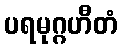
ပရမုဂ္ဂဟီတံ